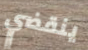
ينقضي